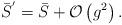
LaTeX: \begin{align*}\bar{S}^{^{\prime }}=\bar{S}+{\mathcal{O}}\left( g^{2}\right) . \end{align*}